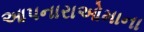
આપનારાઓમાના